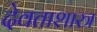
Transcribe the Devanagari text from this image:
देवताशास्त्र